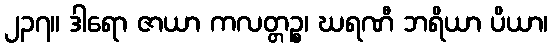
၂၃၇။ ဒါရော ဇာယာ ကလတ္တဉ္စ၊ ဃရဏီ ဘရိယာ ပိယာ၊